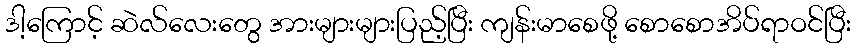
ဒါ့ကြောင့် ဆဲလ်လေးတွေ အားများများပြည့်ပြီး ကျန်းမာစေဖို့ စောစောအိပ်ရာဝင်ပြီး